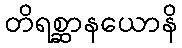
တိရစ္ဆာနယောနိ